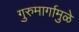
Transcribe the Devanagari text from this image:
गुरुमार्गामुळे